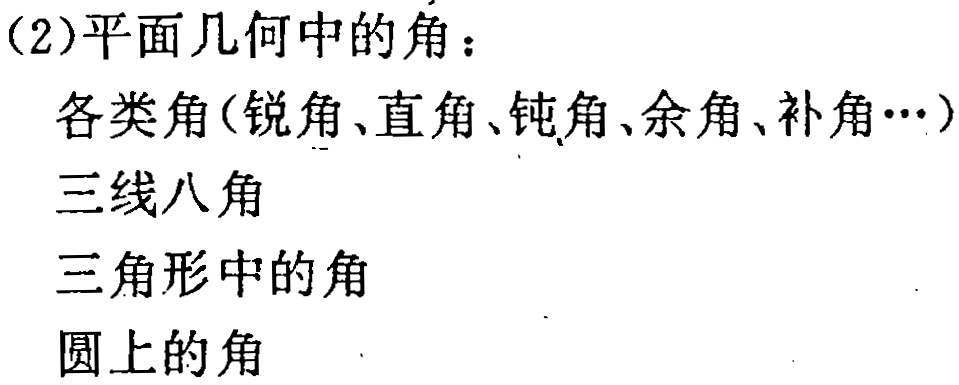
(2)平面几何中的角：

各类角(锐角、直角、钝角、余角、补角…)

三线八角

三角形中的角

圆上的角